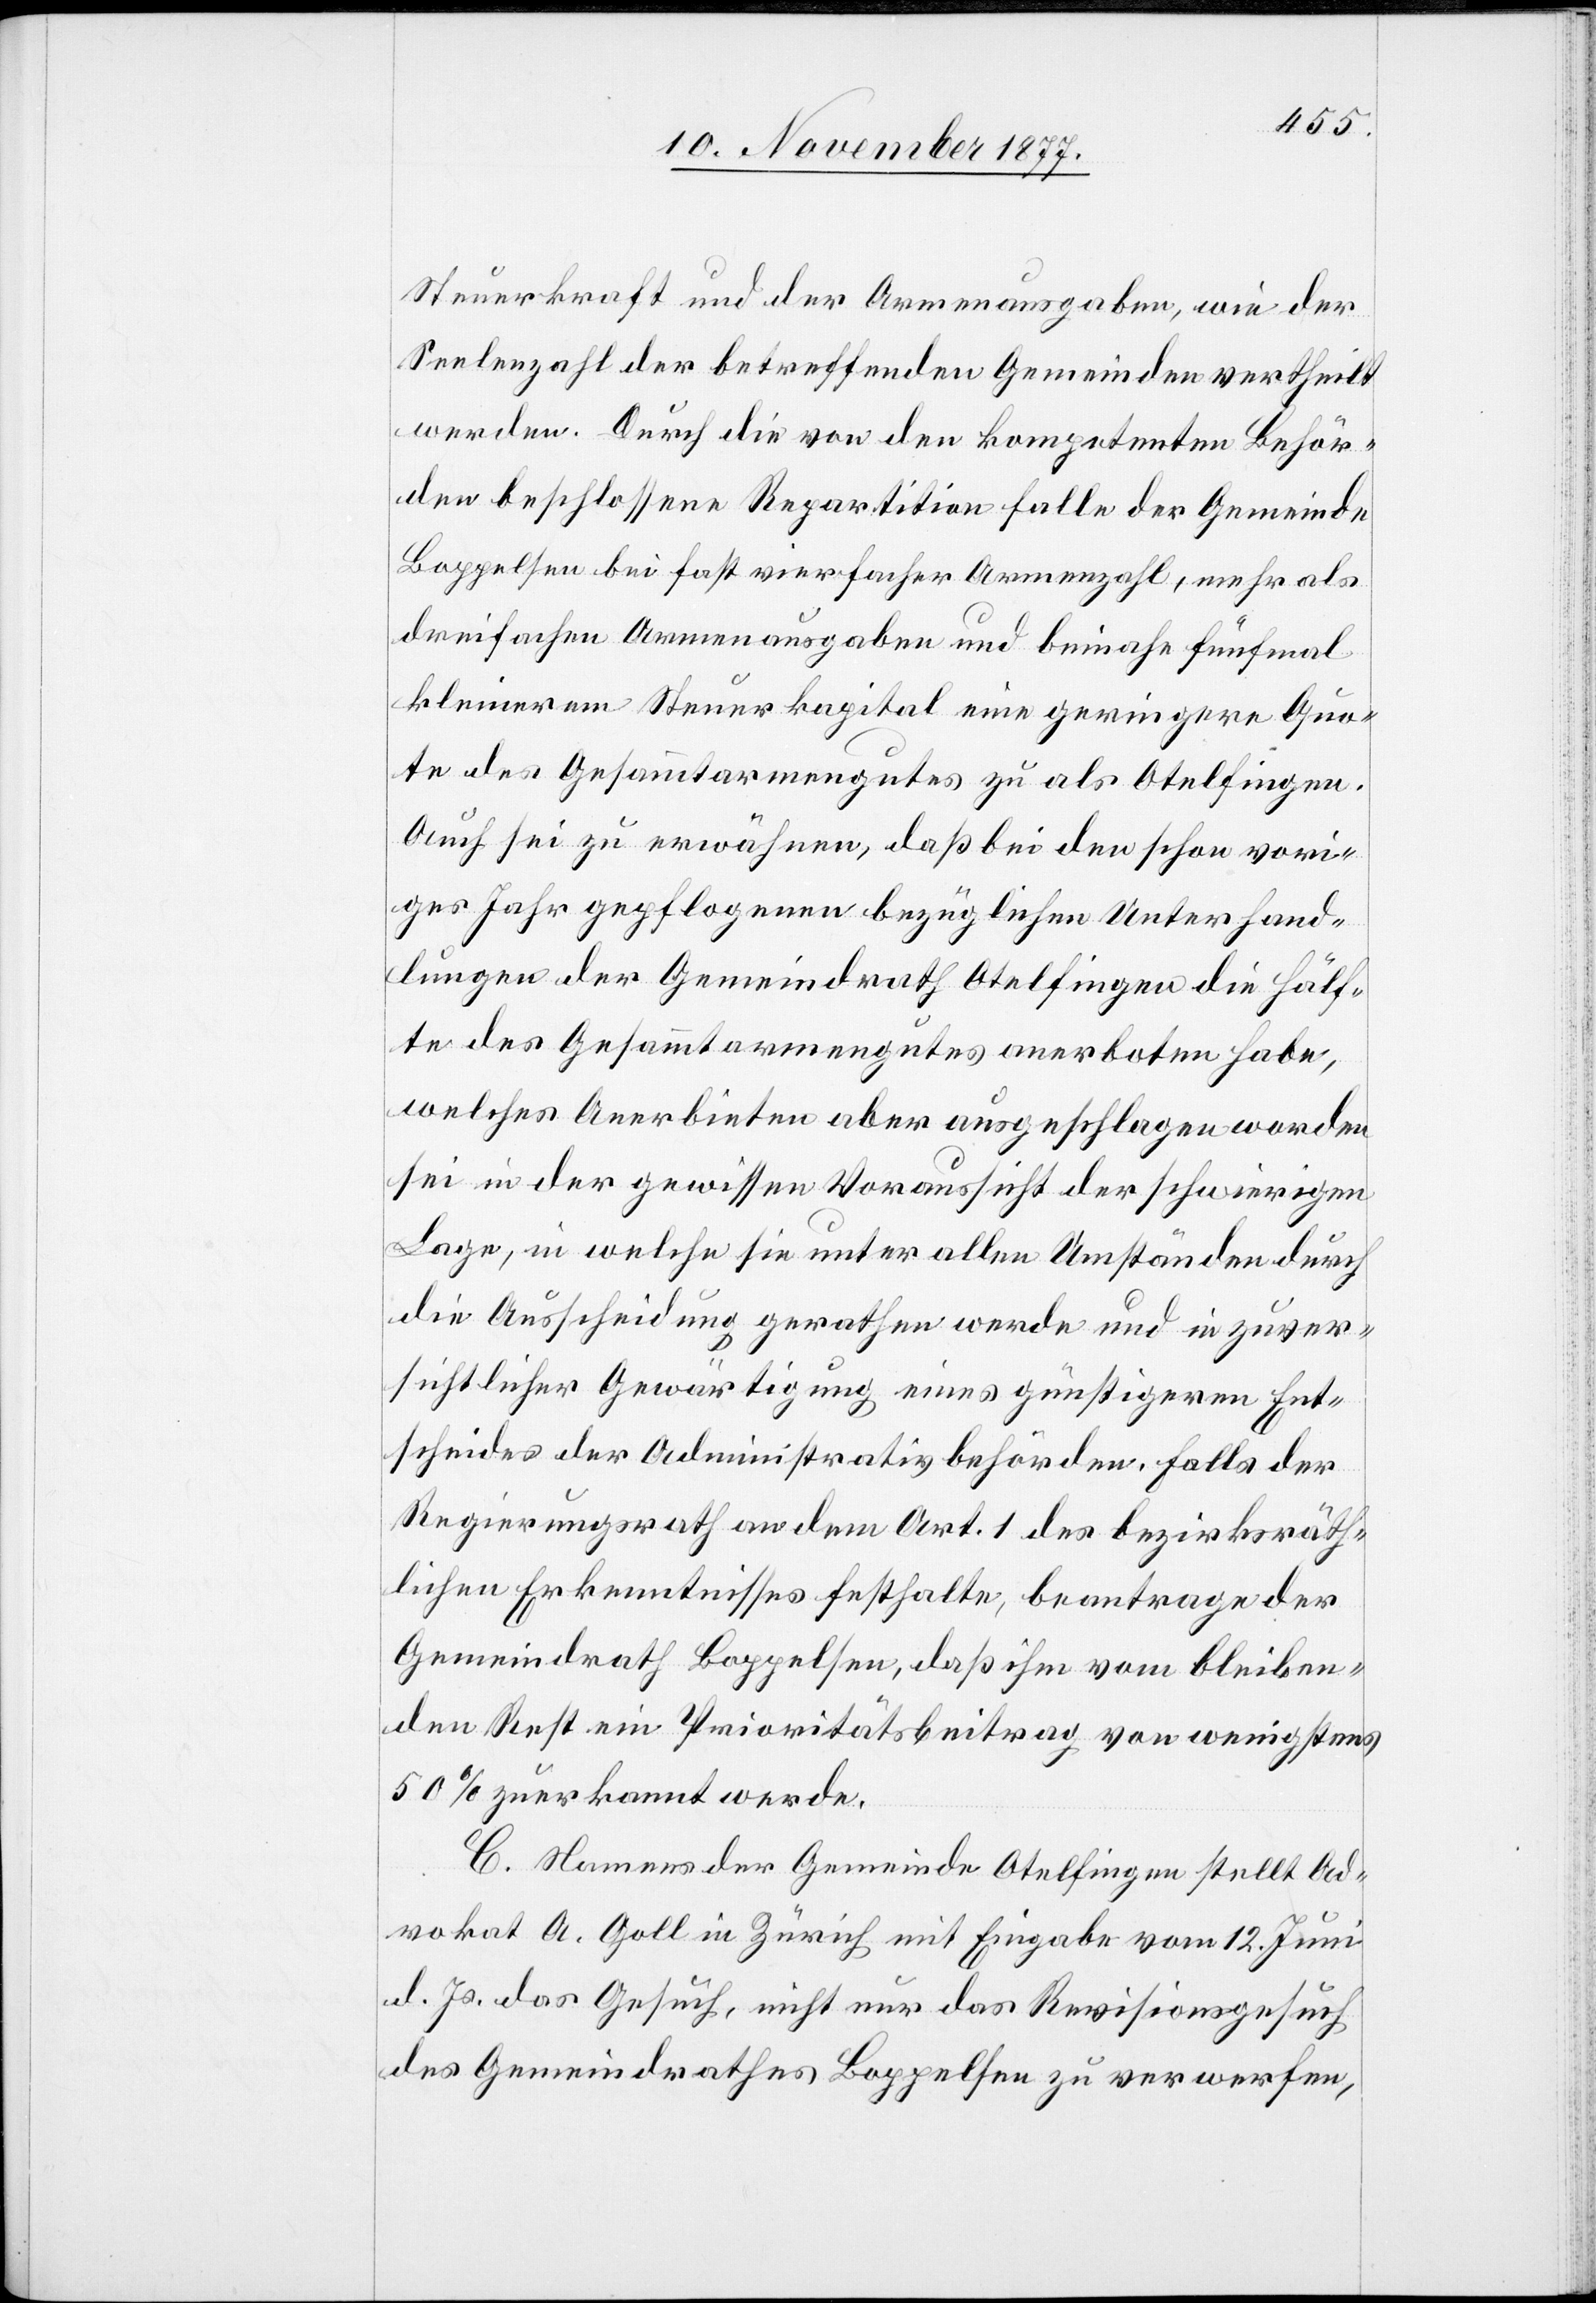
Steuerkraft und der Armenausgaben, wie der
Seelenzahl der betreffenden Gemeinden vertheilt
werden. Durch die von den kompetenten Behör¬
den beschlossene Repartition falle der Gemeinde
Boppelsen bei fast vierfacher Armenzahl, mehr als
dreifachen Armenausgaben und beinahe fünfmal
kleinerem Steuerkapital eine geringere Quo¬
te des Gesammtarmengutes zu als Otelfingen.
Auch sei zu erwähnen, daß bei den schon vori¬
ges Jahr gepflogenen bezüglichen Unterhand¬
lungen der Gemeindrath Otelfingen die Hälf¬
te des Gesammtarmengutes anerboten habe,
welches Anerbieten aber ausgeschlagen worden
sei in der gewissen Voraussicht der schwierigen
Lage, in welche sie unter allen Umständen durch
die Ausscheidung gerathen werde und in zuver¬
sichtlicher Gewärtigung eines günstigeren Ent¬
scheides der Administrativbehörden. Falls der
Regierungsrath an dem Art. 1 des bezirksräth¬
lichen Erkenntnisses festhalte, beantrage der
Gemeindrath Boppelsen, daß ihm vom bleiben¬
den Rest ein Prioritätsbeitrag von wenigstens
50% zuerkannt werde.
C. Namens der Gemeinde Otelfingen stellt Ad¬
vokat A. Goll in Zürich mit Eingabe vom 12. Juni
d. Js. das Gesuch, nicht nur das Revisionsgesuch
des Gemeindrathes Boppelsen zu verwerfen,